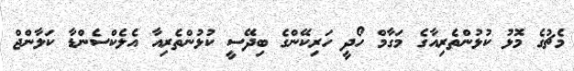
މެޗުގެ މޮޅު ކުޅުންތެރިއާގެ މަގާމް ހޯދީ ހަރިކޭންގެ ބިދޭސީ ކުޅުންތެރިއާ އެލެކްސެންޑާ ކަލާންޖް